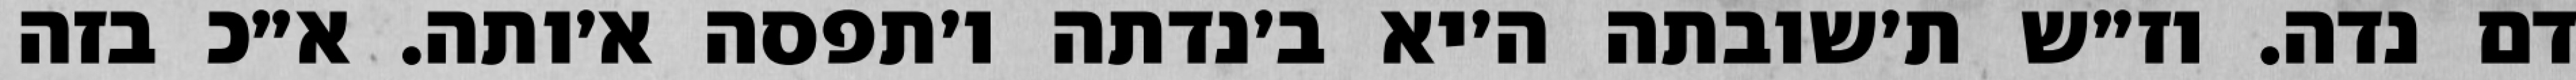
דם נדה. וז״ש ת׳שובתה ה׳יא ב׳נדתה ו׳תפסה א׳ותה. א״כ בזה